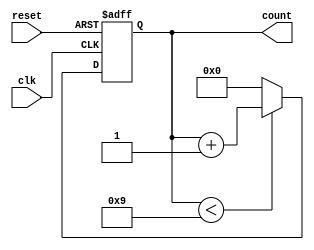
module bcd_counter (
    input wire clk,       // Clock signal
    input wire reset,     // Asynchronous reset signal
    output reg [3:0] count // 4-bit output representing the current count in BCD format
);

    // Initialize the counter to 0
    initial begin
        count = 4'b0000;
    end

    // Always block triggered on the rising edge of the clock or when reset is asserted
    always @(posedge clk or posedge reset) begin
        if (reset) begin
            count <= 4'b0000; // Reset the count to 0
        end else begin
            // Check if count is less than 9
            if (count < 4'b1001) begin
                count <= count + 1; // Increment the count
            end else begin
                count <= 4'b0000; // Reset to 0 if count reaches 10 (invalid BCD)
            end
        end
    end

endmodule